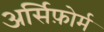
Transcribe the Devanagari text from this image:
अर्सिफ़ोर्म